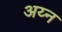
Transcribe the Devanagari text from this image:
अय्न